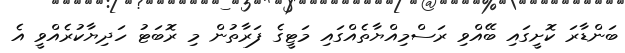
ބަންޑާރަ ކޮށީގައި ބޭއްވި ރަސްމިއްޔާތެއްގައި މަޓީގެ ފަރާތުން މި ރޮބަޓު ހަަދިޔާކުރެއްވީ އެ